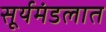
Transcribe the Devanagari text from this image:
सूर्यमंडलात